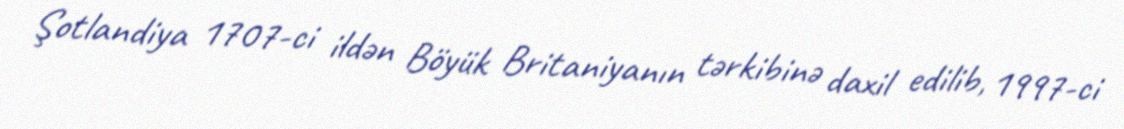
Şotlandiya 1707-ci ildən Böyük Britaniyanın tərkibinə daxil edilib, 1997-ci